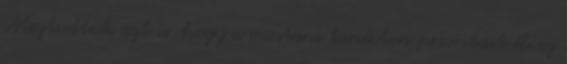
Megtudtuk azt is, hogy a mostani tanévben prioritást élvez